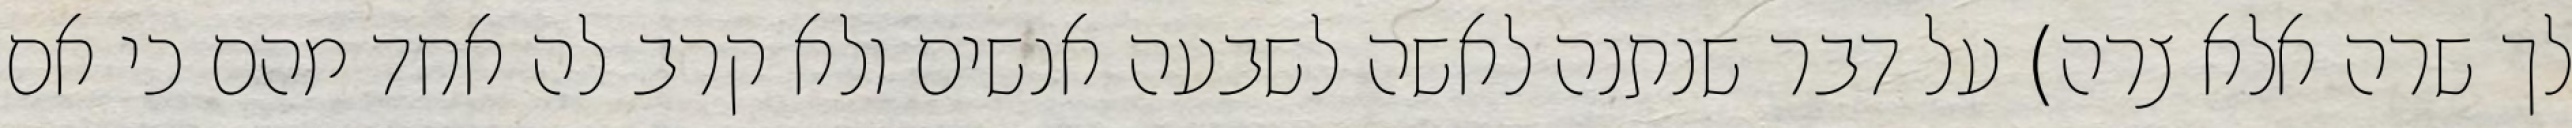
לך שרה אלא צרה) על דבר שנתנה לאשה לשבעה אנשים ולא קרב לה אחד מהם כי אם